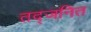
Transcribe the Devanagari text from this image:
तद्जनित